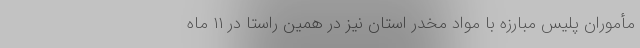
مأموران پلیس مبارزه با مواد مخدر استان نیز در همین راستا در ۱۱ ماه